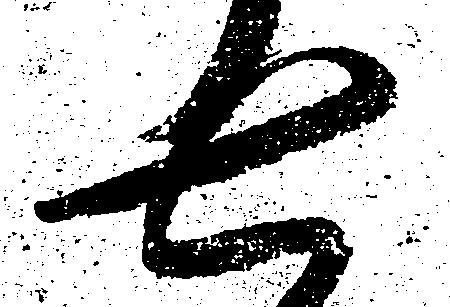
七